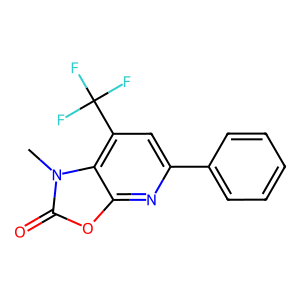
SMILES: Cn1c(=O)oc2nc(-c3ccccc3)cc(C(F)(F)F)c21
Inhibits HIV replication: No